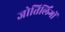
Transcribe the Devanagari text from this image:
जोतिर्लिंगों